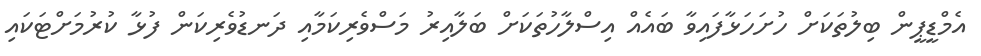
އެމްޑީޕީން ބިލުތަކަށް ހުށަހަޅާފައިވާ ބައެއް އިސްލާހުތަކަށް ބަލާއިރު މަސްވެރިކަމާއި ދަނޑުވެރިކަން ފުޅާ ކުރުމަށްޓަކައި